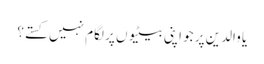
یا والدین پر جو اپنی بیٹیوں پر لگام نہیں کستے؟